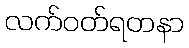
လက်ဝတ်ရတနာ